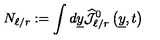
N _ { \ell / r } : = \int d \underline { { y } } \widehat { { \mathcal J } } _ { \ell / r } ^ { 0 } \left( \underline { { y } } , t \right)